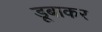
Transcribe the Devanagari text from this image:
डूबाकर